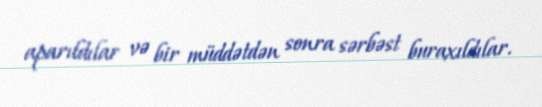
aparıldılar və bir müddətdən sonra sərbəst buraxıldılar.